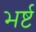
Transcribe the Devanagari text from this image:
भर्ष्ट